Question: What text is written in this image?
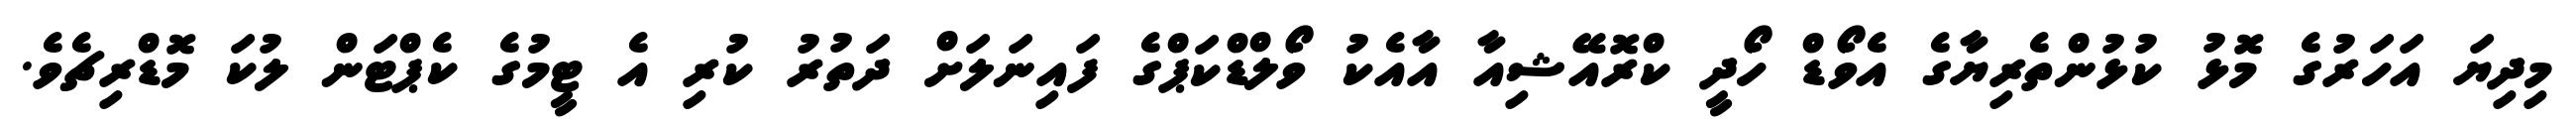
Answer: މިދިޔަ އަހަރުގެ މޮޅު ކުޅުންތެރިޔާގެ އެވޯޑް ހޯދީ ކްރޮއޭޝިއާ އާއެކު ވޯލްޑްކަޕްގެ ފައިނަލަށް ދަތުރު ކުރި އެ ޓީމުގެ ކެޕްޓަން ލުކަ މޮޑްރިޗެވެ.